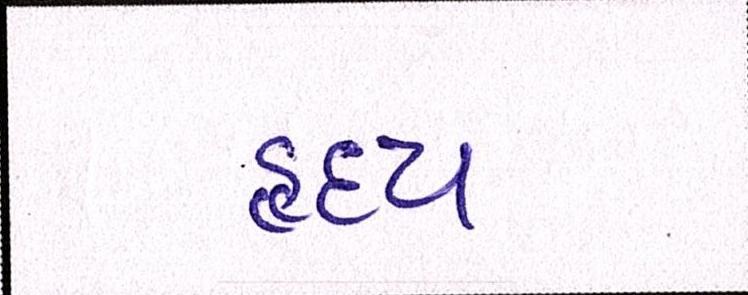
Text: હૃદય